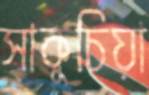
সাকুচিয়া